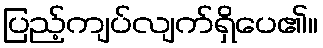
ပြည့်ကျပ်လျက်ရှိပေ၏။